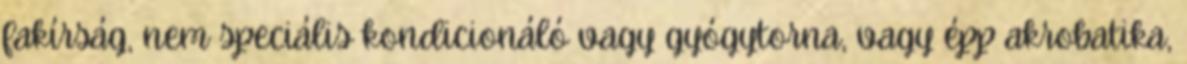
fakírság, nem speciális kondicionáló vagy gyógytorna, vagy épp akrobatika,